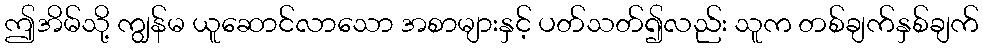
ဤအိမ်သို့ ကျွန်မ ယူဆောင်လာသော အစာများနှင့် ပတ်သတ်၍လည်း သူက တစ်ချက်နှစ်ချက်